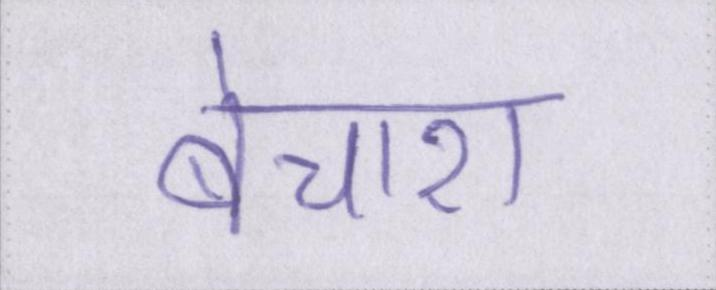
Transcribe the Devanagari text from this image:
बेचारा